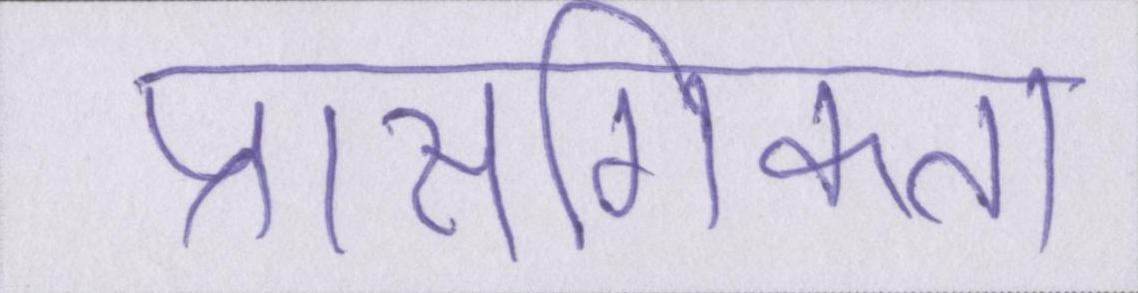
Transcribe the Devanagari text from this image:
प्रासंगिकता